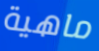
ماهية